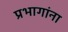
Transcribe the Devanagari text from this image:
प्रभागांना